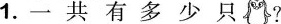
1.一共有多少只?